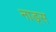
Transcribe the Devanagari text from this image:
नाड्स